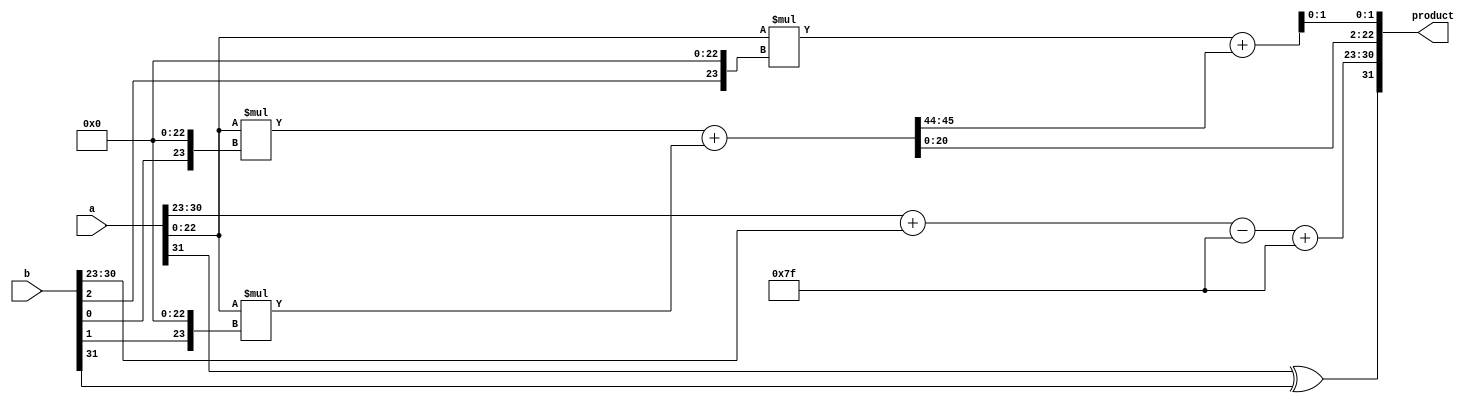
module floating_point_wallace_tree_multiplier (
    input [31:0] a,   // First floating-point operand
    input [31:0] b,   // Second floating-point operand
    output [31:0] product // Resulting floating-point product
);

    // Floating-point components
    wire sign_a, sign_b;
    wire [7:0] exp_a, exp_b;
    wire [22:0] mant_a, mant_b;
    
    // Unpacking the inputs
    assign sign_a = a[31];
    assign exp_a = a[30:23];
    assign mant_a = {1'b1, a[22:0]}; // Add implicit leading 1
    assign sign_b = b[31];
    assign exp_b = b[30:23];
    assign mant_b = {1'b1, b[22:0]}; // Add implicit leading 1

    // Exponent calculation
    wire [8:0] exp_sum;
    wire [7:0] exp_result;
    assign exp_sum = {1'b0, exp_a} + {1'b0, exp_b} - 8'd127; // Subtracting bias
    assign exp_result = exp_sum[7:0] + 8'd127; // Adding bias back

    // Mantissa multiplication (Wallace Tree)
    wire [45:0] partial_products[0:22]; // 23 partial products of 24 bits
    genvar i, j;
    
    // Generate partial products (23 bits of mant_a * mant_b)
    generate
        for (i = 0; i < 23; i = i + 1) begin: pp_gen
            assign partial_products[i] = mant_a * {1'b0, mant_b[i], 23'b0}; // Shifted by i
        end
    endgenerate

    // Wallace tree reduction (simplified version)
    wire [45:0] sum1, sum2, carry1, carry2;
    wire [45:0] final_sum;

    // Example: Level 1 reduction
    assign {carry1[1:0], sum1[45:2]} = partial_products[0] + partial_products[1];
    assign {carry1[2:1], sum1[1:0]} = partial_products[2] + carry1[1:0];

    // Additional levels of reduction can be added based on the Wallace tree structure

    // Final sum and normalization (simplified)
    assign final_sum = sum1; // This would be further processed for normalization

    // Rounding (not implemented in this example)
    wire [22:0] mant_result; // Final mantissa after rounding (placeholder)
    assign mant_result = final_sum[22:0]; // This would need proper rounding logic

    // Final sign calculation
    wire sign_result;
    assign sign_result = sign_a ^ sign_b;

    // Assembling the final product
    assign product = {sign_result, exp_result, mant_result};

endmodule